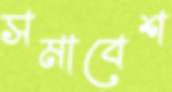
সমাবেশ